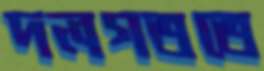
দলগততে